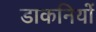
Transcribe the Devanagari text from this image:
डाकनियों